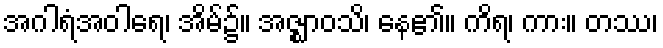
အဂါရံအဝါရေ၊ အိမ်၌။ အဇ္ဈာဝသိ၊ နေ၏။ ကိရ၊ ကား။ တဿ၊